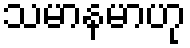
သမာနမာဟု